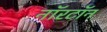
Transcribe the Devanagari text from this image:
नॉरटॉन